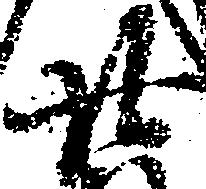
廿